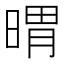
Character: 𣉌